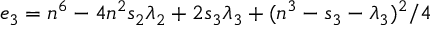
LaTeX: e _ { 3 } = n ^ { 6 } - 4 n ^ { 2 } s _ { 2 } \lambda _ { 2 } + 2 s _ { 3 } \lambda _ { 3 } + ( n ^ { 3 } - s _ { 3 } - \lambda _ { 3 } ) ^ { 2 } / 4